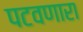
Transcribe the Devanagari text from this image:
पटवणारा